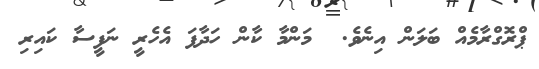
ޕްރޮގްރާމެއް ބަލަން އިނެވެ.  މަންމާ ކާން ހަދާފަ އެހެރީ ނަފީސާ ކައިރި